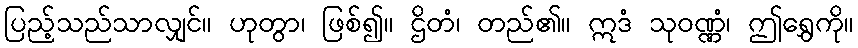
ပြည့်သည်သာလျှင်။ ဟုတွာ၊ ဖြစ်၍။ ဌိတံ၊ တည်၏။ ဣဒံ သုဝဏ္ဏံ၊ ဤရွှေကို။